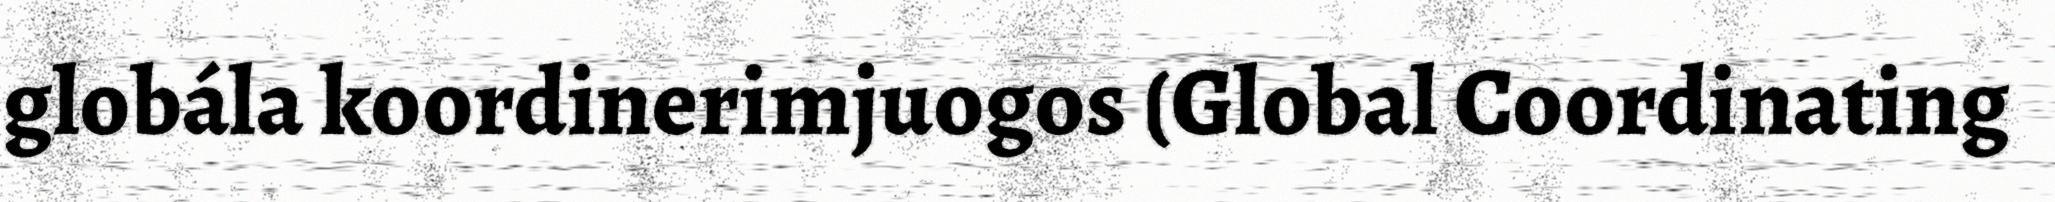
globála koordinerimjuogos (Global Coordinating